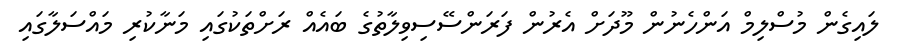
ލައިގެން މުސްލިމް އަންހެނުން މޫދަށް އެރުން ފަރަންސޭސިވިލާތުގެ ބައެއް ރަށްތަކުގައި މަނާކުރި މައްސަލާގައި